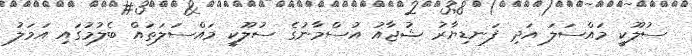
ސުލޫކީ މައްސަލަ އަދި ފަނޑިޔާރު ޝުޖާއު އުސްމާނުގެ ސުލޫކީ މައްސަލަތައް ބެލުމުގައި އަމަލު